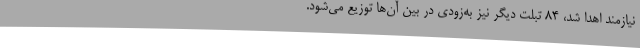
نیازمند اهدا شد، 84 تبلت دیگر نیز به‌زودی در بین آن‌ها توزیع می‌شود.